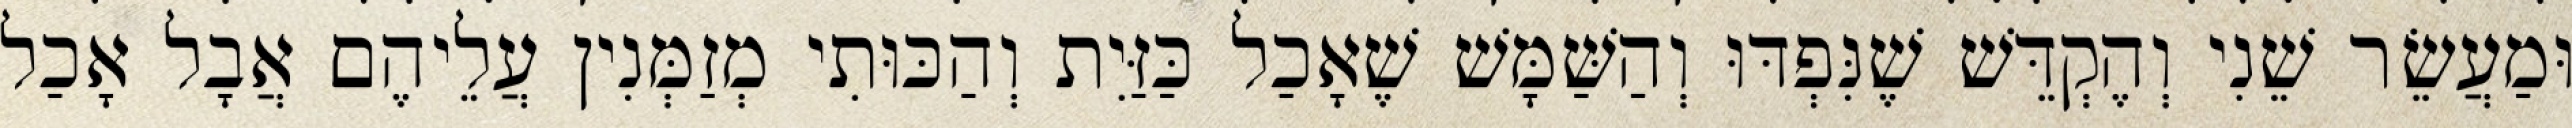
וּמַעֲשֵׂר שֵׁנִי וְהֶקְדֵּשׁ שֶׁנִּפְדּוּ וְהַשַּׁמָּשׁ שֶׁאָכַל כַּזַּיִת וְהַכּוּתִי מְזַמְּנִין עֲלֵיהֶם אֲבָל אָכַל